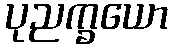
ပုညက္ခယော